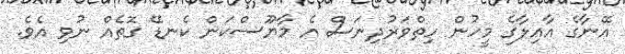
އޭނާގެ އާއިލާގެ މީހުން ހިތްވަރުދިނަސް އެ މާޔޫސްކަން ކެނޑޭ ގޮތެއް ނުވި އެވެ.